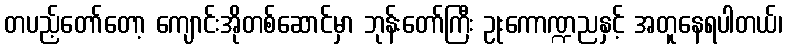
တပည့်တော်တော့ ကျောင်းအိုတစ်ဆောင်မှာ ဘုန်းတော်ကြီး ဥုးကောဏ္ဍညနှင့် အတူနေရပါတယ်၊